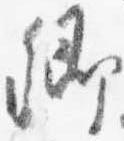
卿